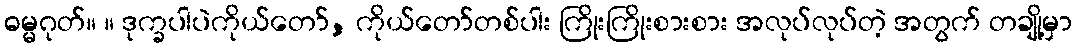
ဓမ္မဂုတ်။ ။ ဒုက္ခပါပဲကိုယ်တော်, ကိုယ်တော်တစ်ပါး ကြိုးကြိုးစားစား အလုပ်လုပ်တဲ့ အတွက် တချို့မှာ